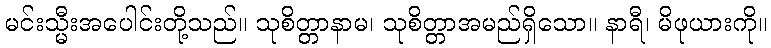
မင်းသ္မီးအပေါင်းတို့သည်။ သုစိတ္တာနာမ၊ သုစိတ္တာအမည်ရှိသော။ နာရီ၊ မိဖုယားကို။